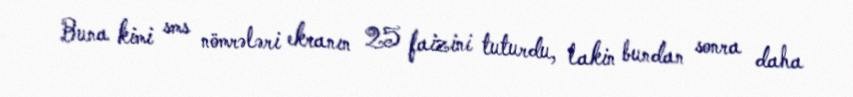
Buna kimi sms nömrələri ekranın 25 faizini tuturdu, lakin bundan sonra daha